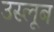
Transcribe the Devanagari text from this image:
उस्लूब